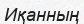
Иқанның